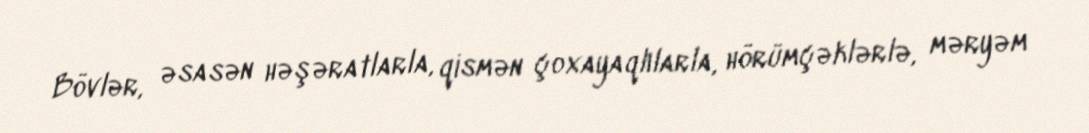
Bövlər, əsasən həşəratlarla, qismən çoxayaqlılarla, hörümçəklərlə, məryəm